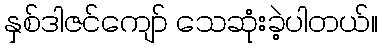
နှစ်ဒါဇင်ကျော် သေဆုံးခဲ့ပါတယ်။